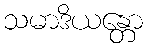
သမာဒိယန္တော